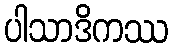
ပါသာဒိကဿ